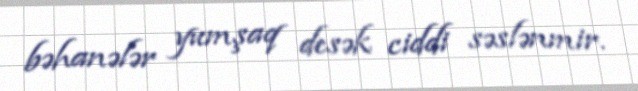
bəhanələr yumşaq desək ciddi səslənmir.